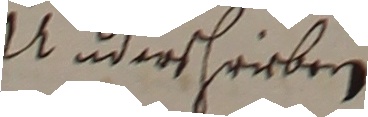
uderschrieber